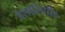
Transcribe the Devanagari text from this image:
वेलॉसिपीड